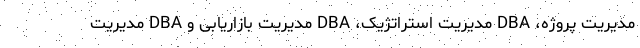
مدیریت پروژه، DBA مدیریت استراتژیک، DBA مدیریت بازاریابی و DBA مدیریت